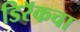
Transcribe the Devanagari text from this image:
डिरॅकचा